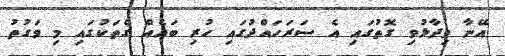
އޭނާ ވިދާޅުވި ގޮތުގައި އެ ސަރަހައްދުގައި ހުރި ބައެއް ގެތަކުގައި މި ވަގުތު